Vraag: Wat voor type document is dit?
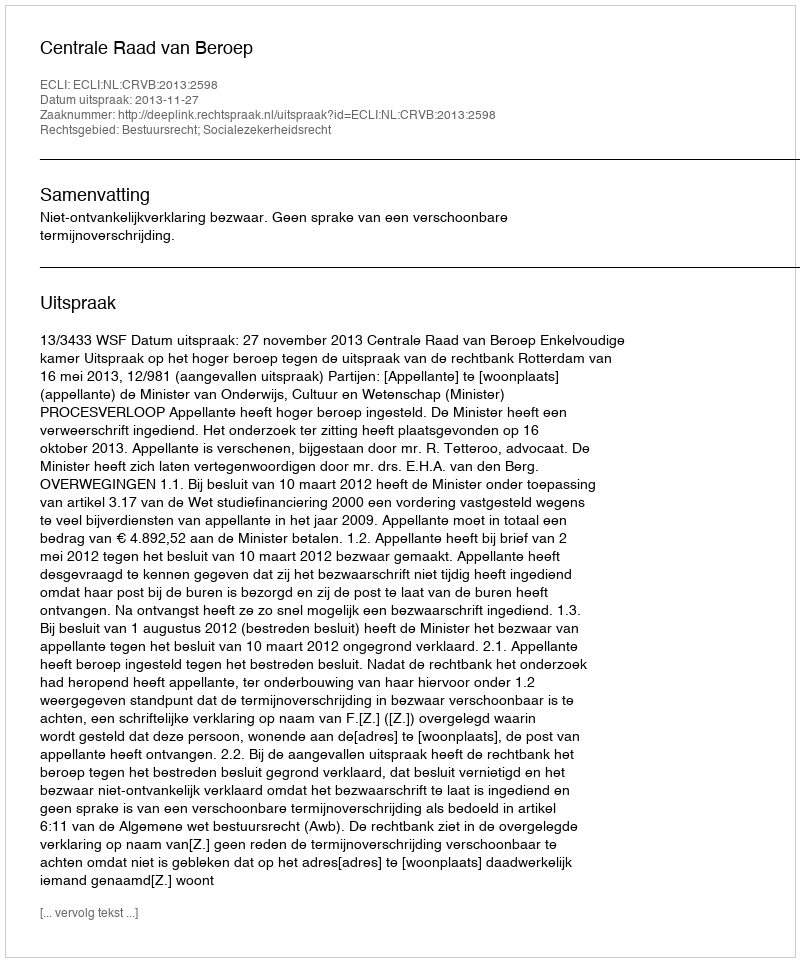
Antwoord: Uitspraak